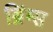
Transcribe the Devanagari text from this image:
ब्रिंग्स